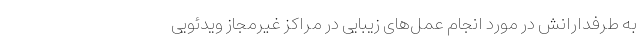
به طرفدارانش در مورد انجام عمل‌های زیبایی در مراکز غیرمجاز ویدئویی